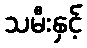
သမီးနှင့်